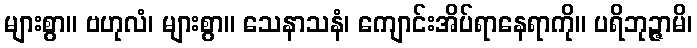
များစွာ။ ဗဟုလံ၊ များစွာ။ သေနာသနံ၊ ကျောင်းအိပ်ရာနေရာကို။ ပရိဘုဉ္ဇာမိ၊